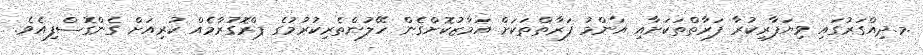
.މ.ދިއްގަރުގައި ވިޔަފާރިކުރާ ފަރާތްތަކަށާއި އާންމު ފަރާތްތަކަށް އަމާޒުކޮށްގެން ހޭލުންތެރިކުރުމުގެ ޕްރޮގުރާމެއް ކުރިއަށް ގެންގޮސްފިއެވެ.